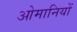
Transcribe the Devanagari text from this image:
ओमानियों